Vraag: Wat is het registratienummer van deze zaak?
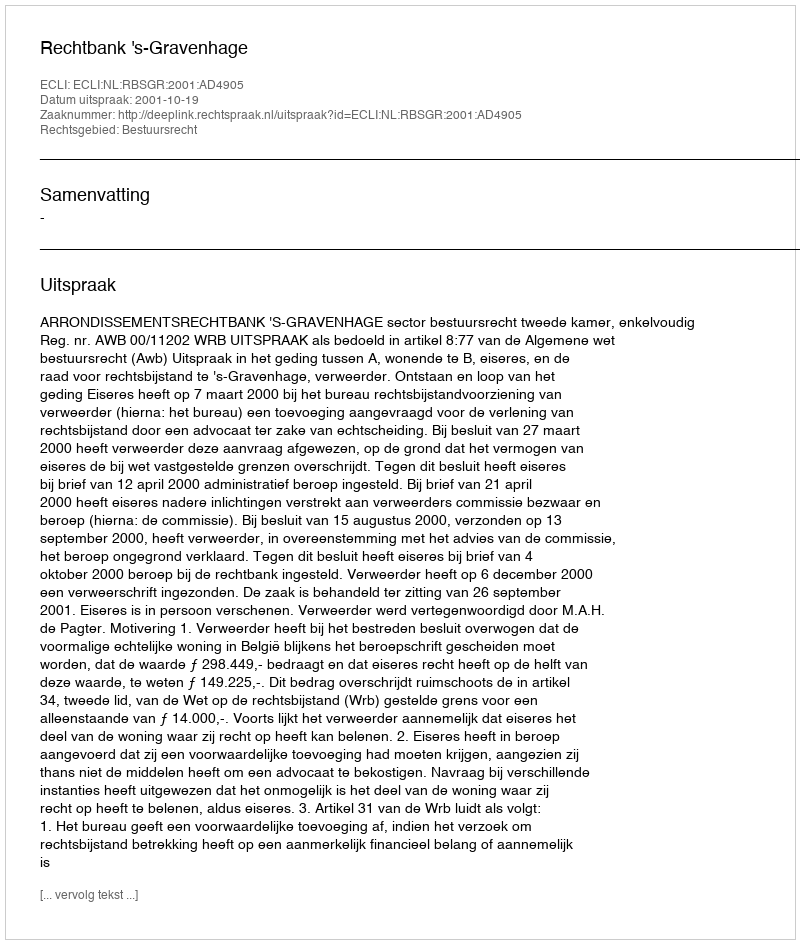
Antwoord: http://deeplink.rechtspraak.nl/uitspraak?id=ECLI:NL:RBSGR:2001:AD4905